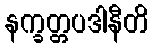
နက္ခတ္တပဒါနီတိ